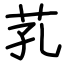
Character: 芤